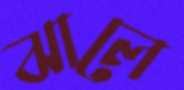
ঝালে